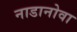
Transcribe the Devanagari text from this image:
नाडानोवा